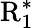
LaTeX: \mathrm{R}_{1}^{*}